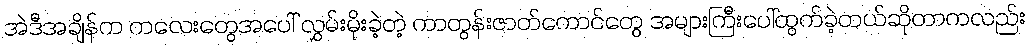
အဲဒီအချိန်က ကလေးတွေအပေါ် လွှမ်းမိုးခဲ့တဲ့ ကာတွန်းဇာတ်ကောင်တွေ အများကြီးပေါ်ထွက်ခဲ့တယ်ဆိုတာကလည်း